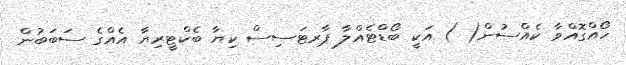
ހޯއްގޮއްވާ ކެއްސުން( ) އަކީ ބޯޑްޓެއްލާ ޕާރޓަސިސް ކިޔާ ބެކްޓީރިޔާ އެއްގެ ސަބަބުން